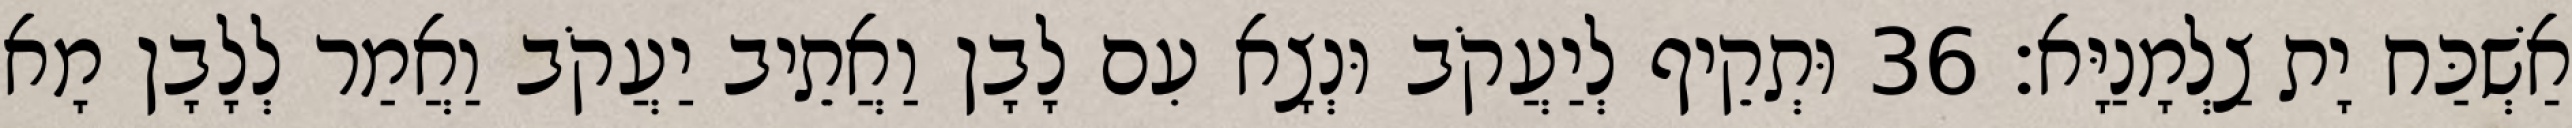
אַשְׁכַּח יָת צַלְמָנַיָּא׃ 36 וּתְקֵיף לְיַעֲקֹב וּנְצָא עִם לָבָן וַאֲתֵיב יַעֲקֹב וַאֲמַר לְלָבָן מָא